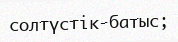
солтүстік-батыс;